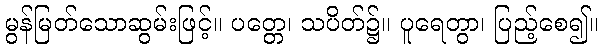
မွန်မြတ်သောဆွမ်းဖြင့်။ ပတ္တေ၊ သပိတ်၌။ ပူရေတွာ၊ ပြည့်စေ၍။